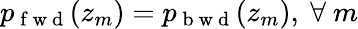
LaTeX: p_{\mathrm{~f~w~d~}}(z_{m})=p_{\mathrm{~b~w~d~}}(z_{m}),\ \forall\ m